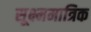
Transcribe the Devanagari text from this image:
सूक्ष्ममात्रिक